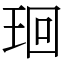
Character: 㻁